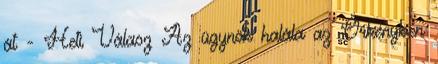
át - Heti Válasz Az ügynök halála az Örkényben